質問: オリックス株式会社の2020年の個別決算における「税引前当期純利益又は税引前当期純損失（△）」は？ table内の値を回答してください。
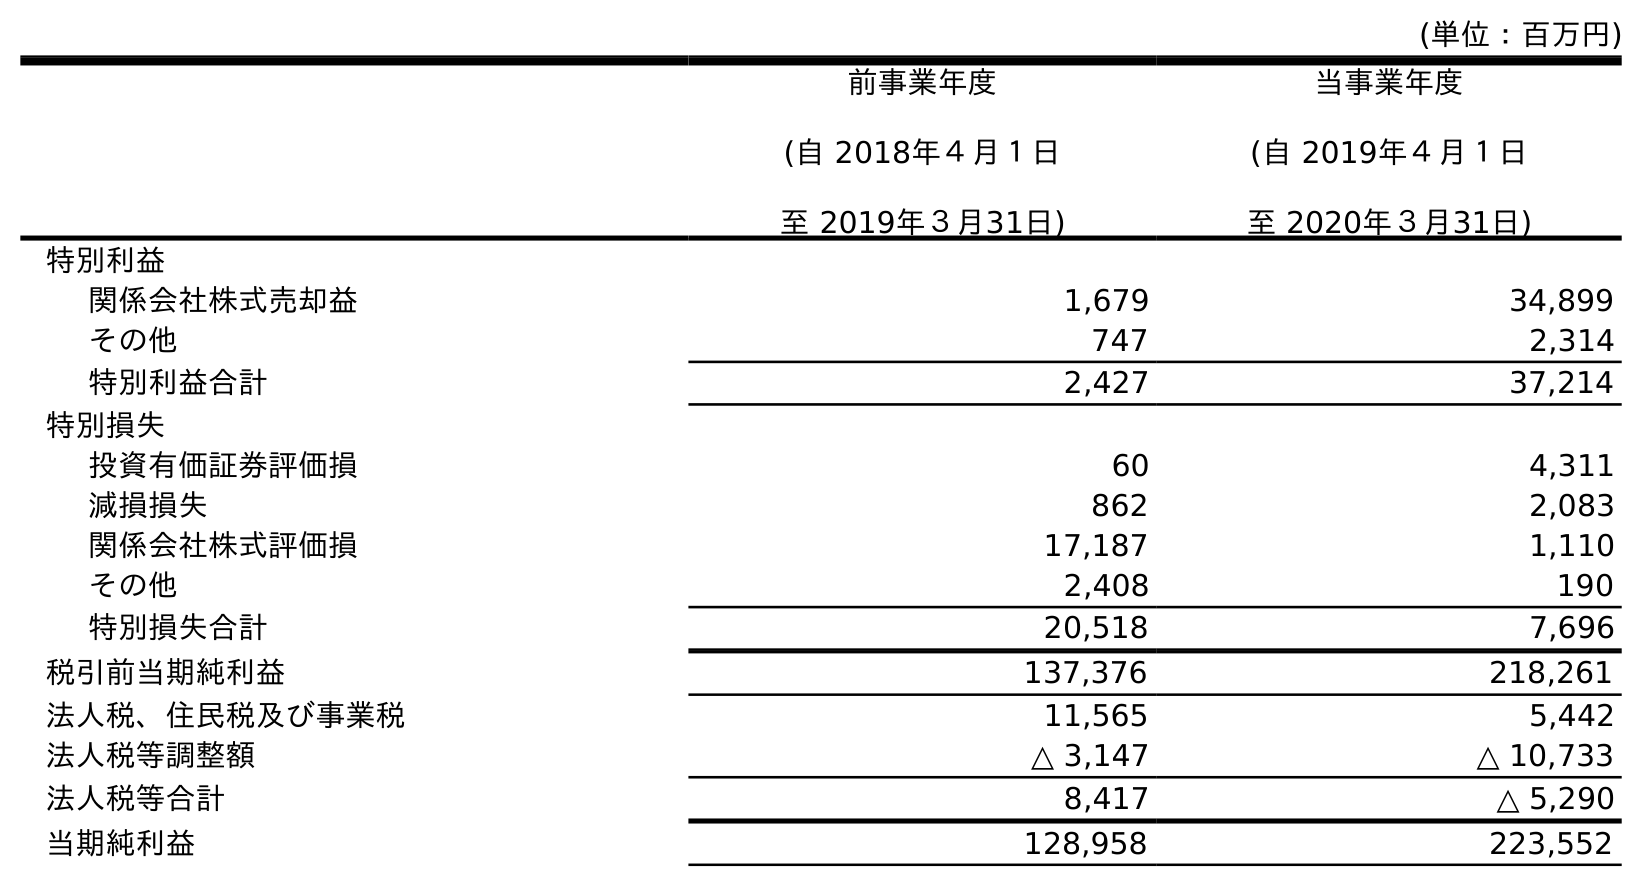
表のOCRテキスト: (単位：百万円) 前事業年度 (自 2018年４月１日 至 2019年３月31日) 当事業年度 (自 2019年４月１日 至 2020年３月31日) 特別利益 関係会社株式売却益 1,679 34,899 その他 747 2,314 特別利益合計 2,427 37,214 特別損失 投資有価証券評価損 60 4,311 減損損失 862 2,083 関係会社株式評価損 17,187 1,110 その他 2,408 190 特別損失合計 20,518 7,696 税引前当期純利益 137,376 218,261 法人税、住民税及び事業税 11,565 5,442 法人税等調整額 △ 3,147 △ 10,733 法人税等合計 8,417 △ 5,290 当期純利益 128,958 223,552
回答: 218,261